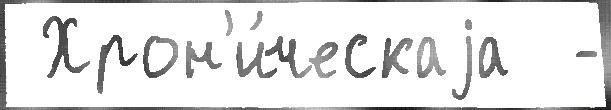
 Хрон'и́ческаjа  -